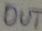
Text: OUT